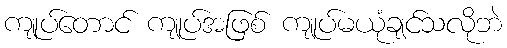
ကျုပ်တောင် ကျုပ်အဖြစ် ကျုပ်မယုံချင်သလိုဘဲ